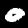
Digit: 0